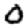
Digit: 0